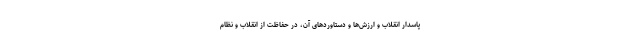
پاسدار انقلاب و ارزش‌ها و دستاوردهای آن، در حفاظت از انقلاب و نظام